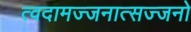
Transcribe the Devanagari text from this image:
त्वदामज्जनात्सज्जनो